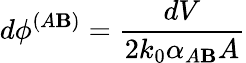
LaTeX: d\phi^{(A\mathbf{B})}=\frac{{dV}}{{2k_{0}\alpha_{A\mathbf{B}}A}}